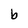
Character: b